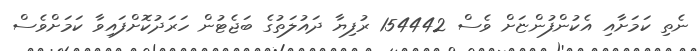
ނެތި ކަމަށާއި އެކުންފުންޏަށް ވެސް 154442 ރުފިޔާ ދައުލަތުގެ ބަޖެޓުން ހަރަދުކޮށްފައިވާ ކަމަށްވެސް